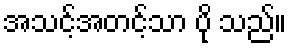
အသင့်အတင့်သာ ပို သည်။